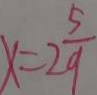
x = 2 \frac { 5 } { 9 }